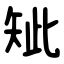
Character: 䂑